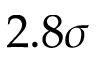
2 . 8 \sigma